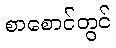
စာစောင်တွင်